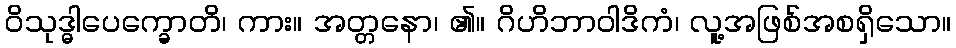
ဝိသုဒ္ဓါပေက္ခောတိ၊ ကား။ အတ္တနော၊ ၏။ ဂိဟိဘာဝါဒိကံ၊ လူ့အဖြစ်အစရှိသော။